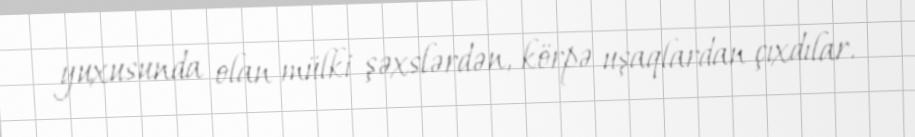
yuxusunda olan mülki şəxslərdən, körpə uşaqlardan çıxdılar.